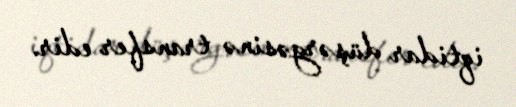
iqtidar düşərgəsinə transfer edir.